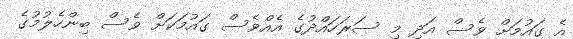
އެ ގައުމަށް ވެސް އަދި މި ސަރަހައްދުގެ އެއްވެސް ގައުމަކަށް ވެސް ބިންހެލުމުގެ